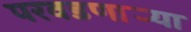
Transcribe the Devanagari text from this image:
परवडणार्‍या